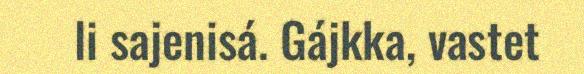
li sajenisá. Gájkka, vastet